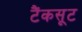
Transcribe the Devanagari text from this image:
टैंकसूट